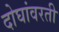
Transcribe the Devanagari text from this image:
दोघांवरती